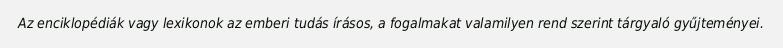
Az enciklopédiák vagy lexikonok az emberi tudás írásos, a fogalmakat valamilyen rend szerint tárgyaló gyűjteményei.